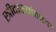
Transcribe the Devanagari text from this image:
स्त्रीदास्यांताला